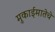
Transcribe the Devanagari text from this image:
मुकाईमातेचे